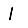
Digit: 1